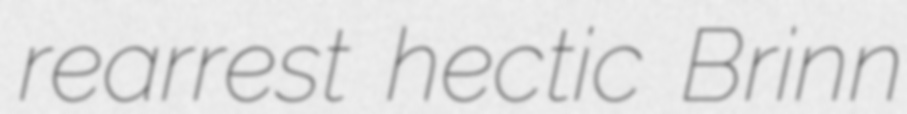
rearrest hectic Brinn